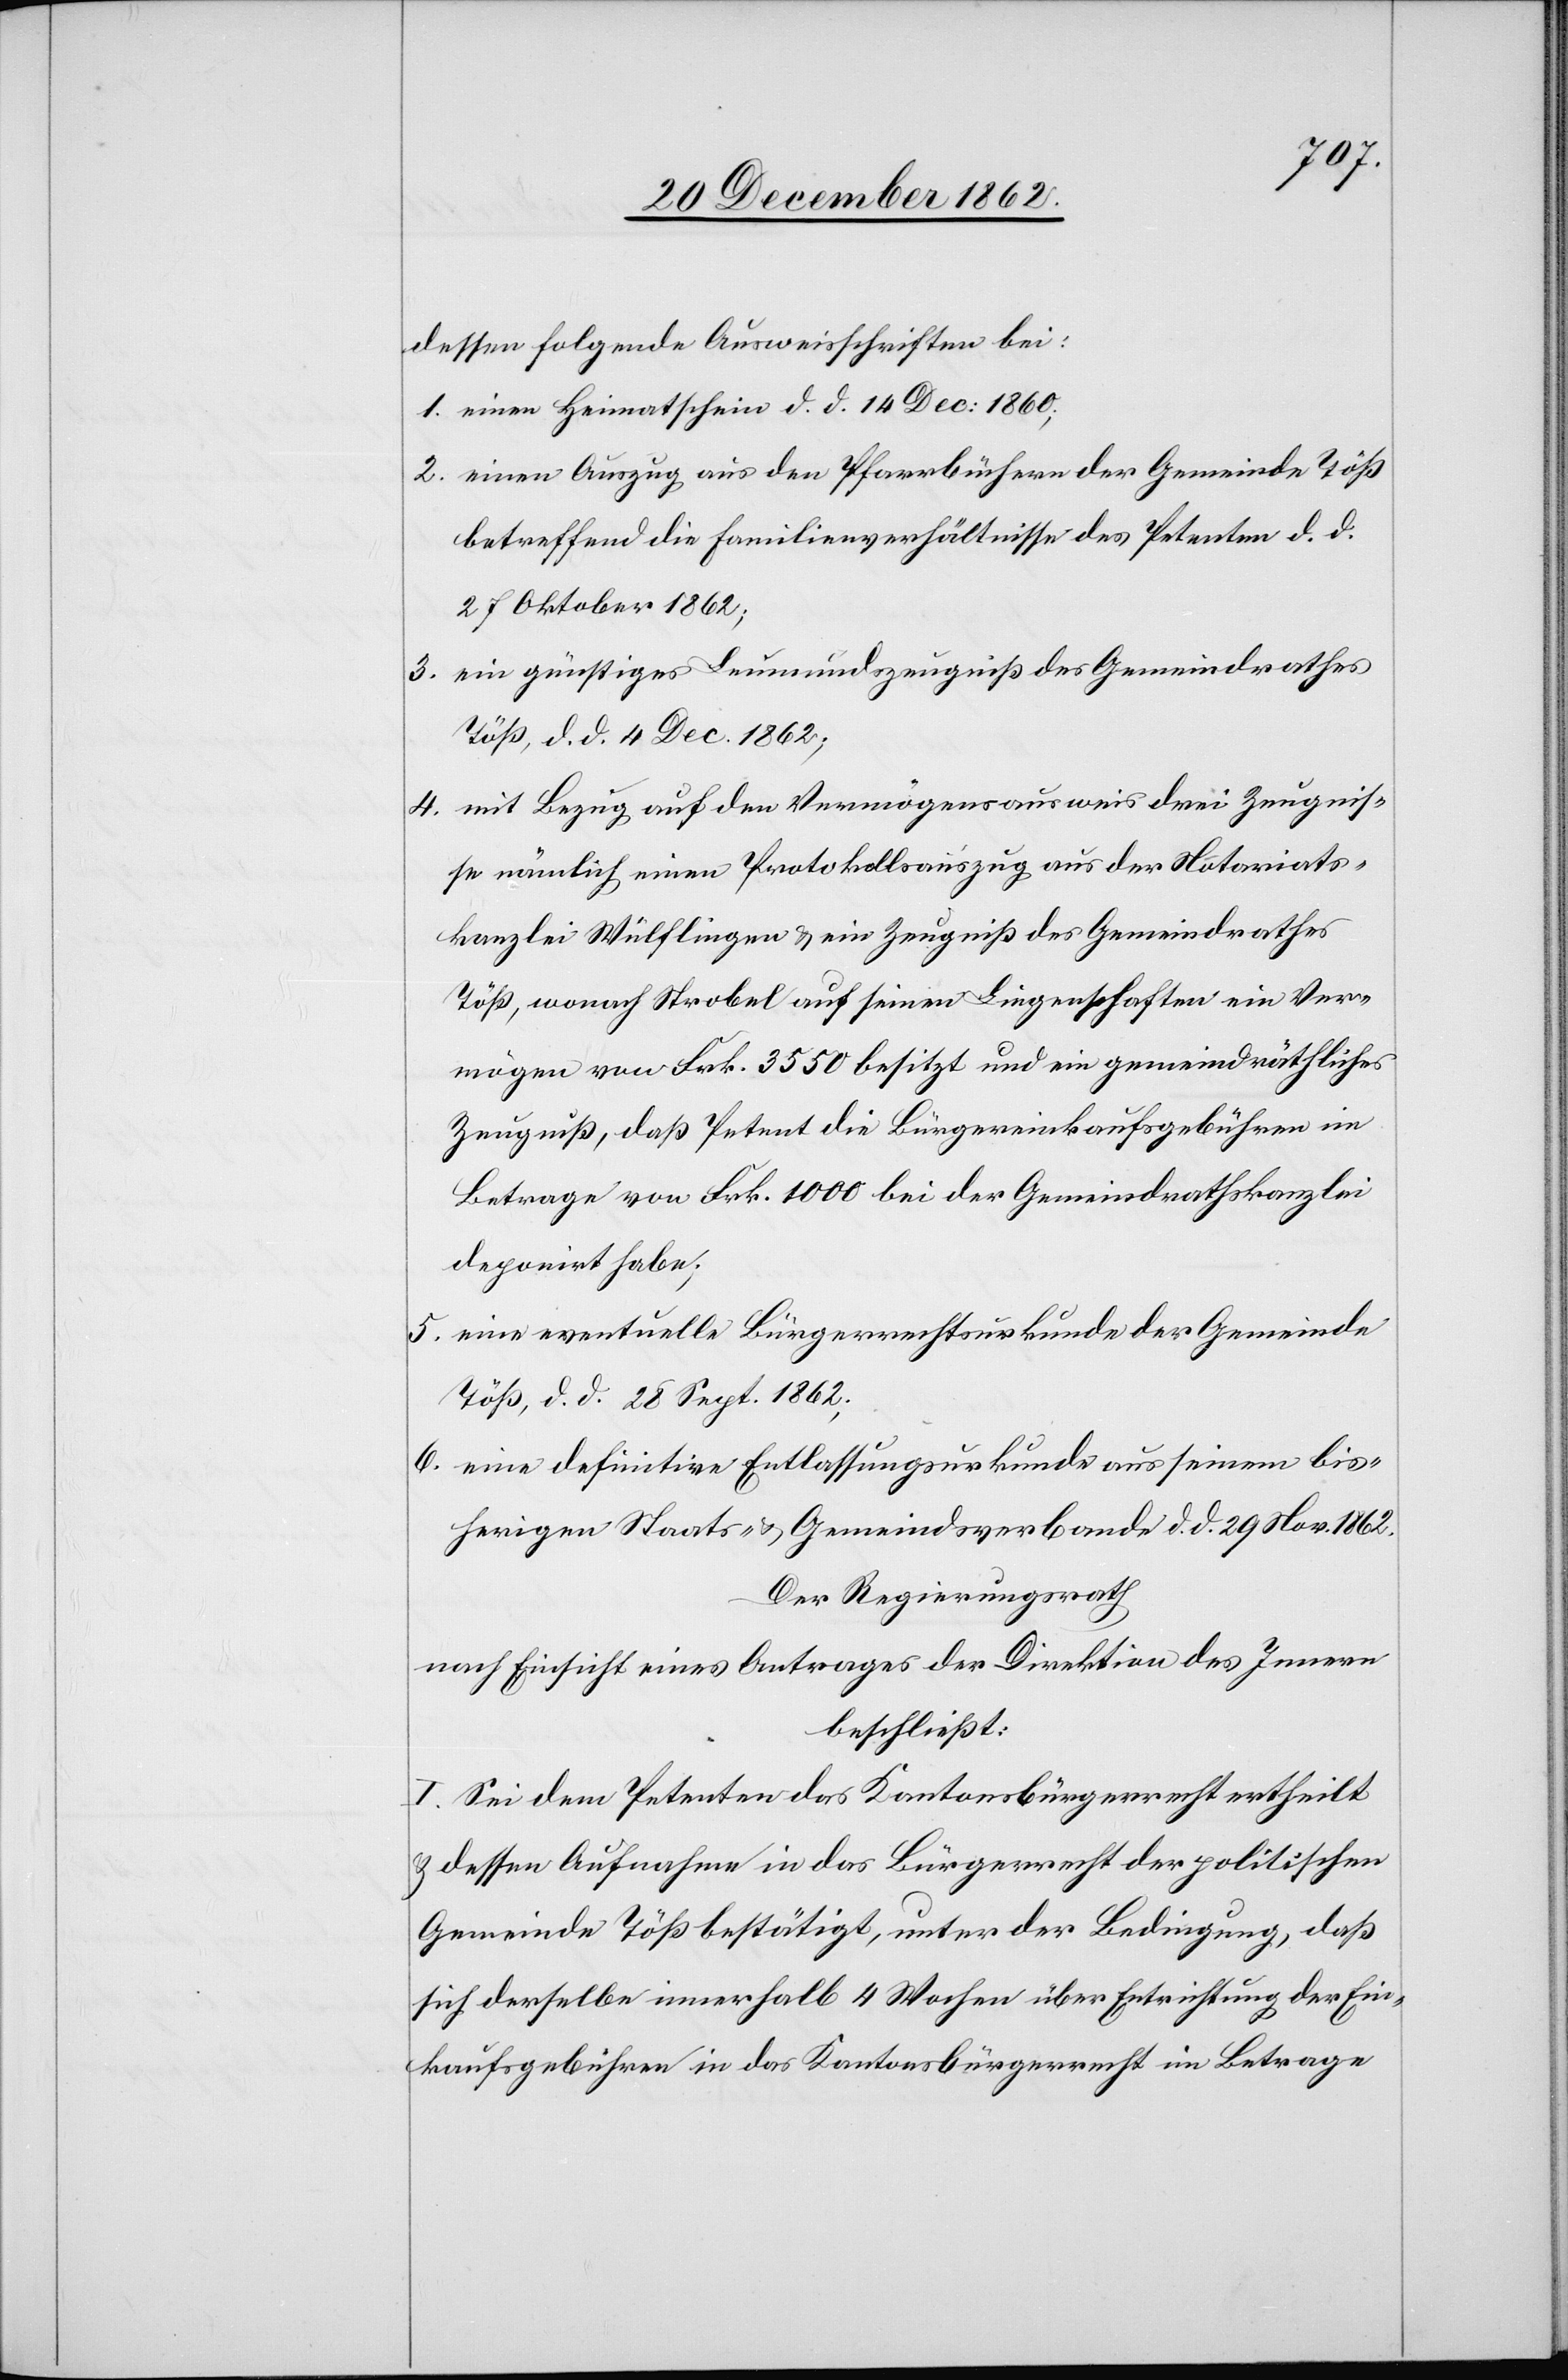
dessen folgende Ausweisschriften bei:
1. einen Heimatschein d. d. 14. Dec: 1860,
2. einen Auszug aus den Pfarrbüchern der Gemeinde Töß
betreffend die Familienverhältnisse des Petenten d. d.
27. Oktober 1862;
3. ein günstiges Leumundszeugniß des Gemeindrathes
Töß, d. d. 4. Dec. 1862;
4. mit Bezug auf den Vermögensausweis drei Zeugnis¬
se nämlich einen Protokollsauszug aus der Notariats¬
kanzlei Wülflingen u. ein Zeugniß des Gemeindrathes
Töß, wonach Strobel auf seinen Liegenschaften ein Ver¬
mögen von Frk. 3550 besitzt und ein gemeindräthliches
Zeugniß, daß Petent die Bürgereinkaufsgebühren im
Betrage von Frk. 1000 bei der Gemeindrathskanzlei
deponiert habe;
5. eine eventuelle Bürgerrechtsurkunde der Gemeinde
Töß, d. d. 28. Sept. 1862;
6. eine definitive Entlassungsurkunde aus seinem bis¬
herigen Staats- u. Gemeindsverbande d. d. 29. Nov. 1862.
Der Regierungsrath
nach Einsicht eines Antrages der Direktion des Innern
beschließt:
I. Sei dem Petenten das Kantonsbürgerrecht ertheilt
u. dessen Aufnahme in das Bürgerrecht der politischen
Gemeinde Töß bestätigt, unter der Bedingung, daß
sich derselbe innerhalb 4 Wochen über Entrichtung der Ein¬
kaufsgebühren in das Kantonsbürgerrecht im Betrage